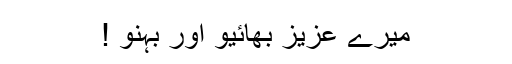
میرے عزیز بھائیو اور بہنو !